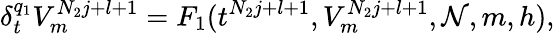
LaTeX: \delta_{t}^{q_{1}}V_{m}^{N_{2}j+l+1}=F_{1}(t^{N_{2}j+l+1},V_{m}^{N_{2}j+l+1},\mathcal{N},m,h),